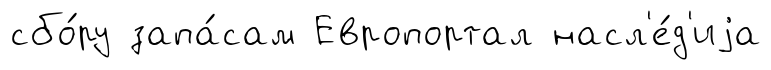
сбо́ру запа́сам Европортал насл'е́д'иjа